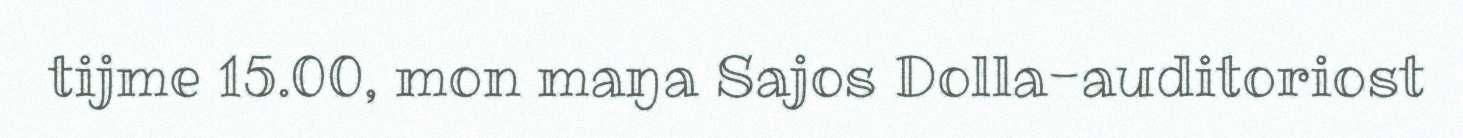
tijme 15.00, mon maŋa Sajos Dolla-auditoriost